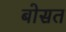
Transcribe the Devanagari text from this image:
बोसत